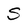
Character: S